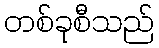
တစ်ခုစီသည်